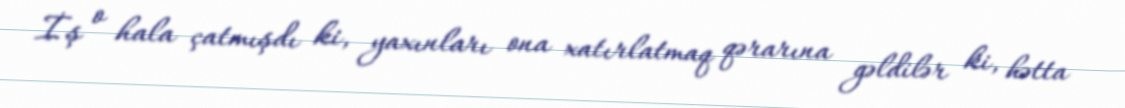
İş o hala çatmışdı ki, yaxınları ona xatırlatmaq qərarına gəldilər ki, hətta